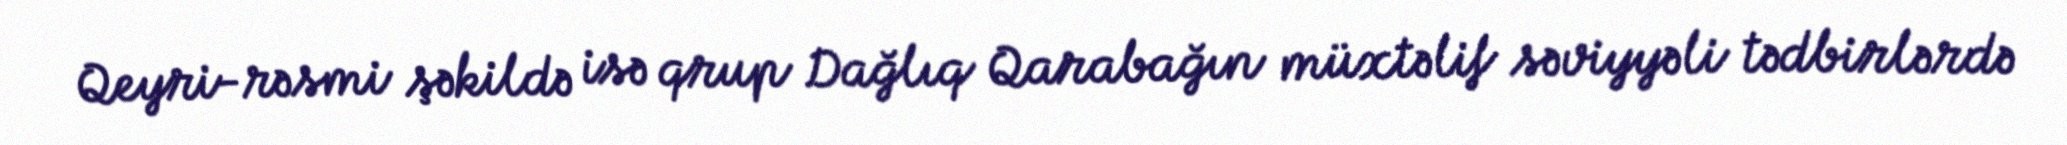
Qeyri-rəsmi şəkildə isə qrup Dağlıq Qarabağın müxtəlif səviyyəli tədbirlərdə